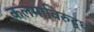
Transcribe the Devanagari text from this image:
कलमाविरुद्ध